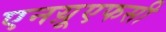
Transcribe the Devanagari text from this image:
एनय़ूएफसी